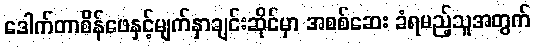
ဒေါက်တာစိန်ဖေနှင့်မျက်နှာချင်းဆိုင်မှာ အစစ်ဆေး ခံရမည့်သူအတွက်